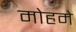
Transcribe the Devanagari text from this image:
मोहमे